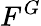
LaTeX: F^{G}